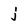
Character: j